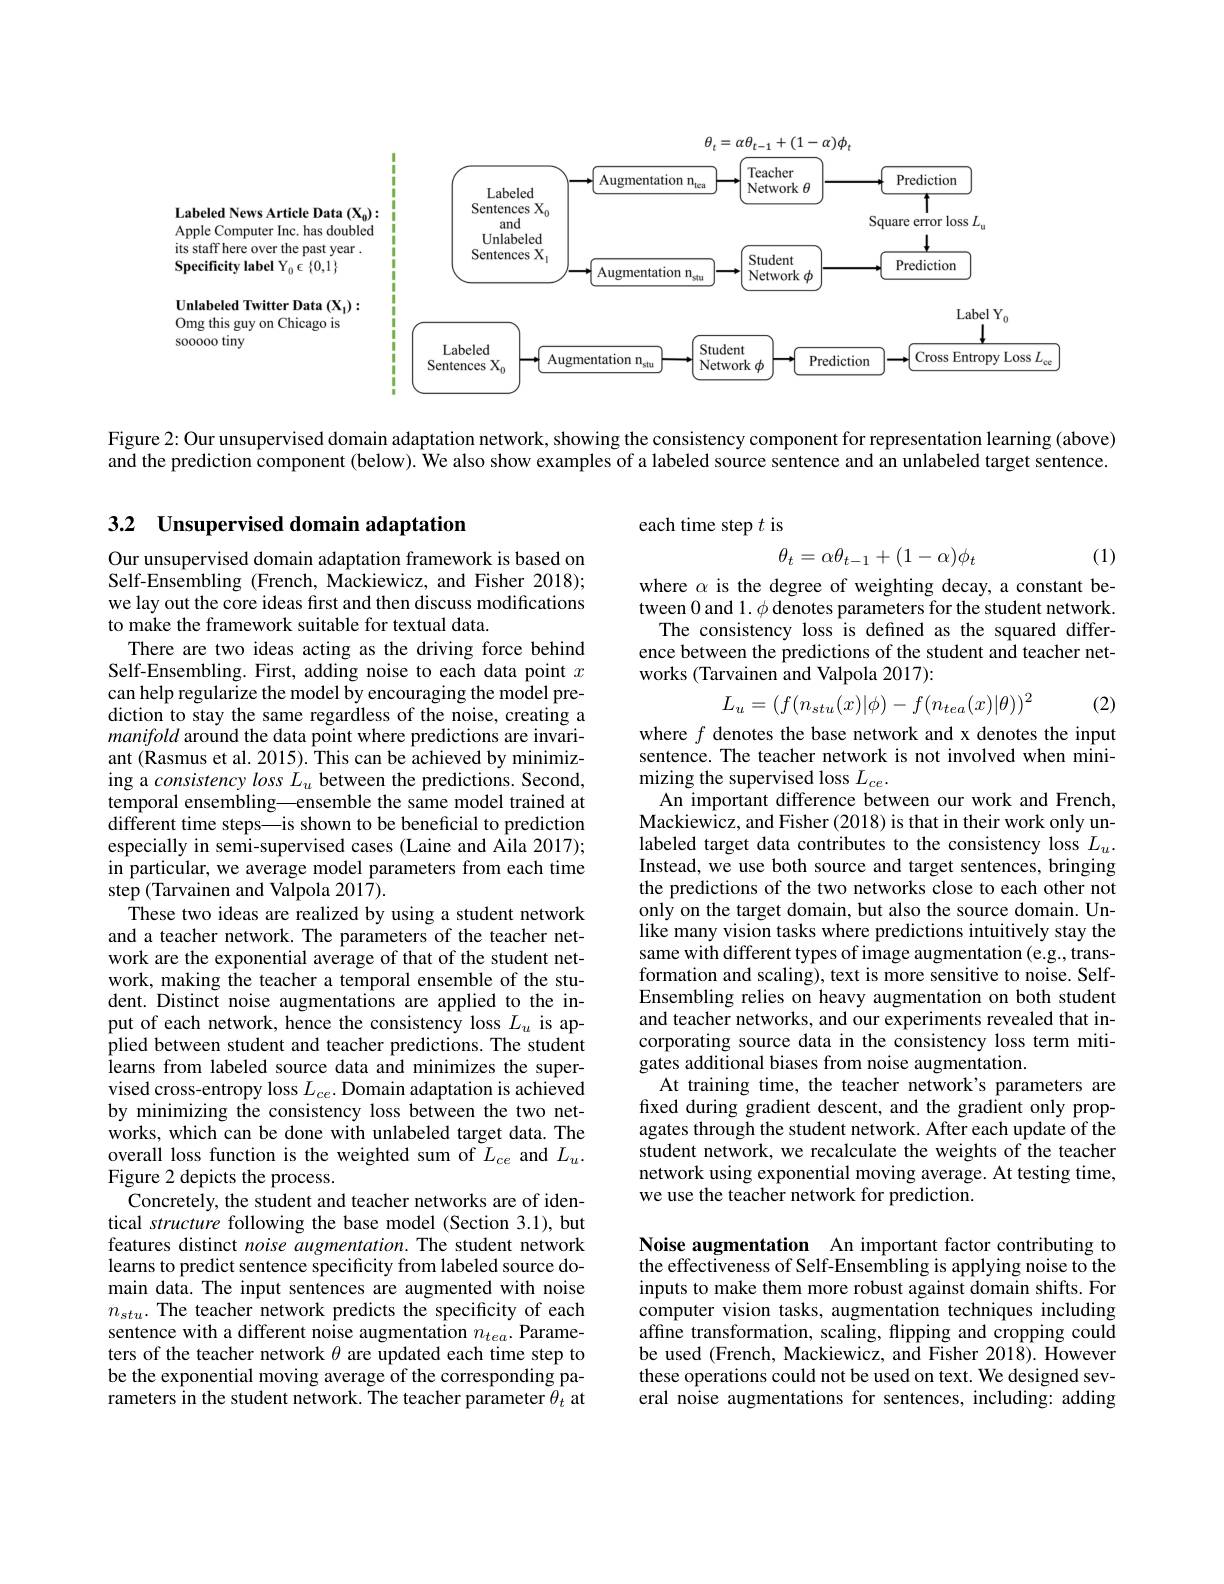
<FigureHere>

Figure 2: Our unsupervised domain adaptation network, showing the consistency component for representation learning (above)

and the prediction component (below). We also show examples of a labeled source sentence and an unlabeled target sentence.

## 3.2 Unsupervised domain adaptation

each time step $t$ is

(1)
$$\theta_t=\alpha\theta_{t-1}+(1-\alpha)\phi_t$$
where $\alpha$ is the degree of weighting decay, a constant between 0 and 1. $\phi$ denotes parameters for the student network.
The consistency loss is defined as the squared difference between the predictions of the student and teacher networks (Tarvainen and Valpola 2017):
$$L_u=(f(n_{stu}(x)|\phi)-f(n_{tea}(x)|\theta))^2$$
where $f$ denotes the base network and x denotes the input

(2)

sentence. The teacher network is not involved when mini-
mizing the supervised loss $L_{ce}.$
An important difference between our work and French, Mackiewicz, and Fisher (2018) is that in their work only unlabeled target data contributes to the consistency loss $L_u.$ Instead, we use both source and target sentences, bringing the predictions of the two networks close to each other not only on the target domain, but also the source domain. Unlike many vision tasks where predictions intuitively stay the same with different types of image augmentation (e.g., transformation and scaling), text is more sensitive to noise. SelfEnsembling relies on heavy augmentation on both student and teacher networks, and our experiments revealed that incorporating source data in the consistency loss term mitigates additional biases from noise augmentation.
At training time, the teacher network's parameters are fxed during gradient descent, and the gradient only propagates through the student network. After each update of the student network, we recalculate the weights of the teacher network using exponential moving average. At testing time, we use the teacher network for prediction

Our unsupervised domain adaptation framework is based on Self-Ensembling (French, Mackiewicz, and Fisher 2018); we lay out the core ideas first and then discuss modifications to make the framework suitable for textual data.
There are two ideas acting as the driving force behind Self-Ensembling. First, adding noise to each data point $x$ can help regularize the model by encouraging the model prediction to stay the same regardless of the noise, creating a manifold around the data point where predictions are invariant (Rasmus et al. 2015). This can be achieved by minimizing a $consistencylossL_u$ between the predictions. Second, temporal ensembling—ensemble the same model trained at different time steps—is shown to be beneficial to prediction especially in semi-supervised cases (Laine and Aila 2017); in particular, we average model parameters from each time step (Tarvainen and Valpola 2017).
These two ideas are realized by using a student network and a teacher network. The parameters of the teacher network are the exponential average of that of the student network, making the teacher a temporal ensemble of the student. Distinct noise augmentations are applied to the input of each network, hence the consistency loss $L_u$ is applied between student and teacher predictions. The student learns from labeled source data and minimizes the supervised cross-entropy loss $L_ce.$ Domain adaptation is achieved by minimizing the consistency loss between the two networks, which can be done with unlabeled target data. The overall loss function is the weighted sum of $\tilde{L}_{ce}$ and $L_u.$ Figure 2 depicts the process.
Concretely, the student and teacher networks are of identical structure following the base model (Section 3.1), but features distinct noise augmentation. The student network learns to predict sentence specificity from labeled source domain data. The input sentences are augmented with noise $n_{stu}.$ The teacher network predicts the specificity of each sentence with a different noise augmentation $n_tea.$ Parameters of the teacher network $\theta$ are updated each time step to be the exponential moving average of the corresponding parameters in the student network. The teacher parameter $\theta_t$ at

Noise augmentation An important factor contributing to the effectiveness of Self-Ensembling is applying noise to the inputs to make them more robust against domain shifts. For computer vision tasks, augmentation techniques including affine transformation, scaling, flipping and cropping could be used (French, Mackiewicz, and Fisher 2018). However these operations could not be used on text. We designed several noise augmentations for sentences, including: adding